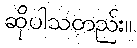
ဆိုပါသတည်း။